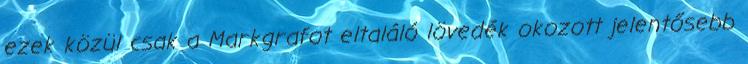
ezek közül csak a Markgrafot eltaláló lövedék okozott jelentősebb